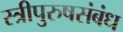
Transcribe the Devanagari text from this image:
स्त्रीपुरुषसंबंध